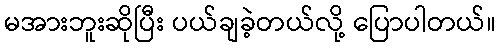
မအားဘူးဆိုပြီး ပယ်ချခဲ့တယ်လို့ ပြောပါတယ်။